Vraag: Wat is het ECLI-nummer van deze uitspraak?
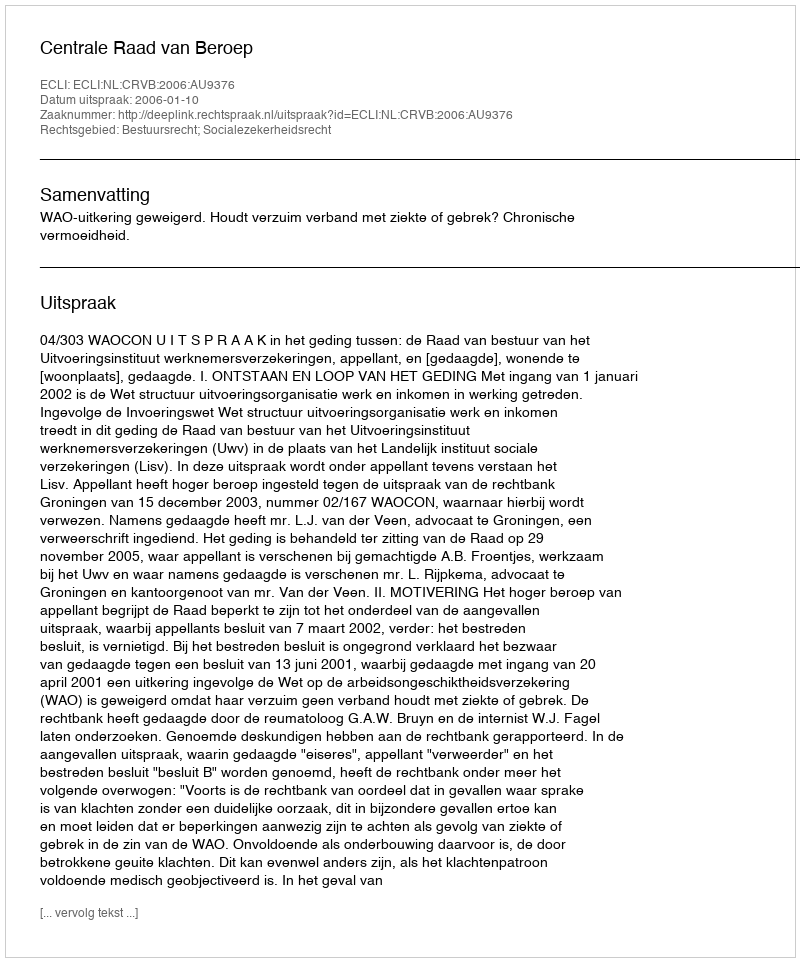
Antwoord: ECLI:NL:CRVB:2006:AU9376